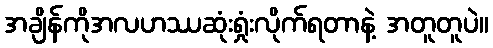
အချိန်ကိုအလဟဿဆုံးရှုံးလိုက်ရတာနဲ့ အတူတူပဲ။